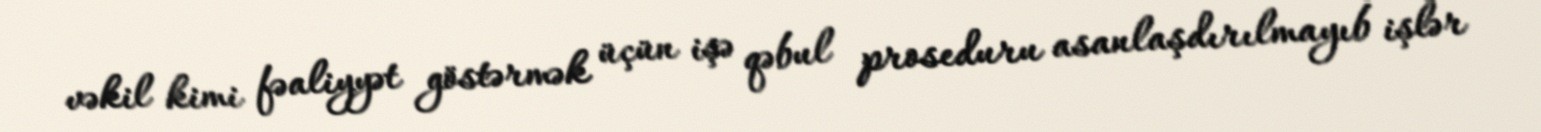
vəkil kimi fəaliyyət göstərmək üçün işə qəbul proseduru asanlaşdırılmayıb işlər